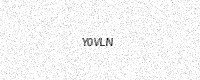
Text: Y0VLN